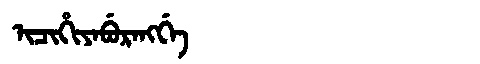
Manchu: ᡳᠴᡳᡥᡳᠶᠠᠪᡠᡵᠠᠩᡤᡝ
Romanization: ICIHIYABURANGGE